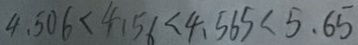
4 . 5 0 6 < 4 . 5 6 < 4 . 5 6 5 < 5 . 6 5